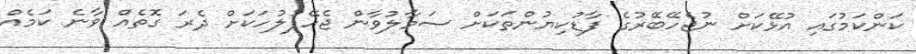
ކަންކަމުގައި އުޅޭކަށް ނުޖެހޭބޭރުގެ ފާޑުކިޔުންތަކަށް ސަމާލުވާން ޖެހޭފުލުހަކަށް ދެރަ ގޮތެއް ވާނެ ކަމެއް